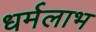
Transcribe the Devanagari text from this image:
धर्मलाभ